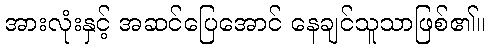
အားလုံးနှင့် အဆင်ပြေအောင် နေချင်သူသာဖြစ်၏။